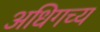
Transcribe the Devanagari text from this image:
अधिगच्य